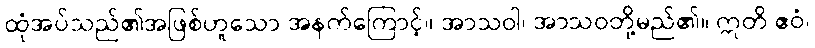
ထုံအပ်သည်၏အဖြစ်ဟူသော အနက်ကြောင့်။ အာသဝါ၊ အာသဝတို့မည်၏။ ဣတိ ဧဝံ၊